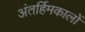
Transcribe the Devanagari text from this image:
अंतर्हिमकालों